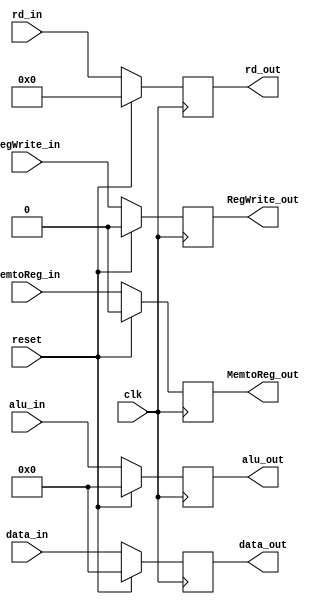
`timescale 1ns / 1ps
//////////////////////////////////////////////////////////////////////////////////
// Company: 
// Engineer: 
// 
// Design Name: 
// Module Name: MEM_WB_pipe
// Project Name: 
// Target Devices: 
// Tool Versions: 
// Description: 
// 
// Dependencies: 
// 
// Revision:
// Revision 0.01 - File Created
// Additional Comments:
// 
//////////////////////////////////////////////////////////////////////////////////


module MEM_WB_pipe(input clk,
                   input reset,
              
                   input [31:0] data_in,
                   input [31:0] alu_in,
                   input [4:0] rd_in,
                   input RegWrite_in,
                   input MemtoReg_in,
             
                   output reg [31:0] alu_out,
                   output reg [31:0] data_out,
                   output reg [4:0] rd_out,
                   output reg RegWrite_out,
                   output reg MemtoReg_out);
    
     always@(posedge clk) begin
        if (reset) begin 
            alu_out <= 32'b0;
            data_out <= 32'b0;
            rd_out <= 5'b0;
            RegWrite_out <= 0;
            MemtoReg_out <= 0;
        end 
        else begin 
            alu_out <= alu_in;
            data_out <= data_in;
            rd_out <= rd_in;
            RegWrite_out <= RegWrite_in;
            MemtoReg_out <= MemtoReg_in;
        end 
     end         
endmodule